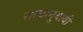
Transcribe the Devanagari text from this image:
सत्यानुयायी